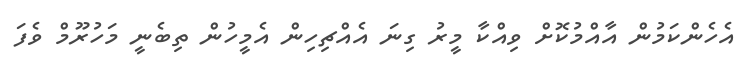
އެހެންކަމުން އާއްމުކޮށް ވިއްކާ މީރު ގިނަ އެއްޗިހިން އެމީހުން ތިބެނީ މަހުރޫމް ވެފަ